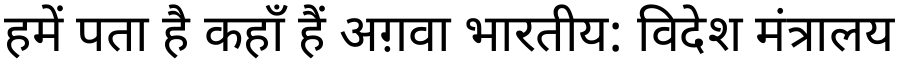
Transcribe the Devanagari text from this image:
हमें पता है कहाँ हैं अग़वा भारतीय: विदेश मंत्रालय